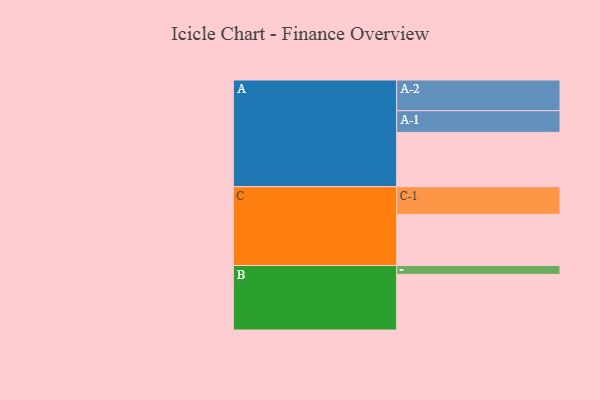
{"axis": {"x": "Segment", "y": "Value"}, "legend": ["", "A", "B", "C"], "data": [{"x": "A", "y": 467, "type": ""}, {"x": "B", "y": 479, "type": ""}, {"x": "C", "y": 440, "type": ""}, {"x": "A-1", "y": 187, "type": "A"}, {"x": "A-2", "y": 264, "type": "A"}, {"x": "B-1", "y": 76, "type": "B"}, {"x": "C-1", "y": 238, "type": "C"}]}